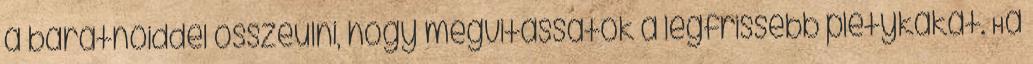
a barátnőiddel összeülni, hogy megvitassátok a legfrissebb pletykákat. Ha